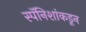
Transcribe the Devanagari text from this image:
स्पॅनिशांकडून